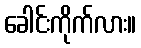
ခေါင်းကိုက်လား။